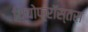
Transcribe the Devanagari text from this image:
थियोफ्रॉस्तस